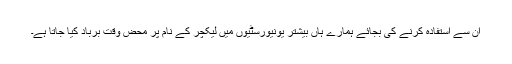
ان سے استفادہ کرنے کی بجائے ہمارے ہاں بیشتر یونیورسٹیوں میں لیکچر کے نام پر محض وقت برباد کیا جاتا ہے۔